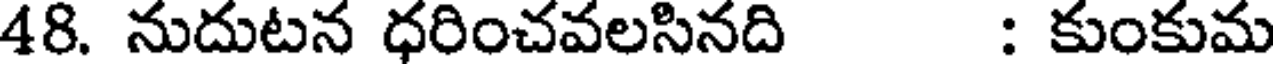
48. నుదుటన ధరించవలసినది : కుంకుమ